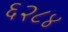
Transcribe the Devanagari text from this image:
६२८४